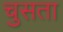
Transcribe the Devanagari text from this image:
चुसता